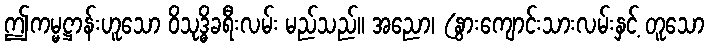
ဤကမ္မဋ္ဌာန်းဟူသော ဝိသုဒ္ဓိခရီးလမ်း မည်သည်။ အညော၊ (နွားကျောင်းသားလမ်းနှင့် တူသော